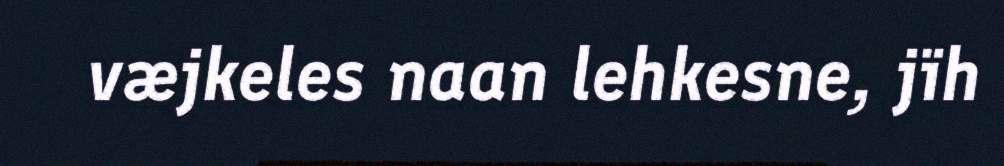
væjkeles naan lehkesne, jïh